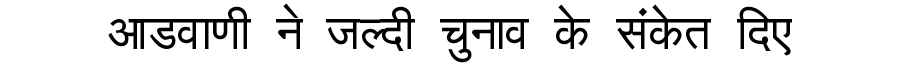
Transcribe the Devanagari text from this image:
आडवाणी ने जल्दी चुनाव के संकेत दिए